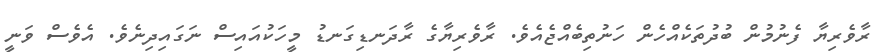
ރާވެރިޔާ ފެނުމުން ބުދުތަކެއްހެން ހަނުތިބެއްޖެއެވެ. ރާވެރިޔާގެ ރާދަނޑިގަނޑު މީހަކުއައިސް ނަގައިދިނެވެ. އެވެސް ވަނީ